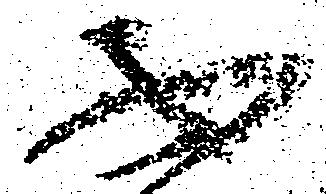
不